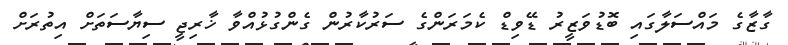
ގާޒާގެ މައްސަލާގައި ބޮޑުވަޒީރު ޑޭވިޑް ކެމަރަންގެ ސަރުކާރުން ގެންގުޅުއްވާ ޚާރިޖީ ސިޔާސަތަށް އިތުރަށް